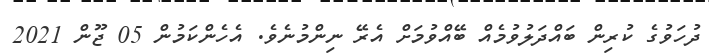
ދުހަވުގެ ކުރިން ބައްދަލުވުމެއް ބޭއްވުމަށް އެރޭ ނިންމުނެވެ. އެހެންކަމުން 05 ޖޫން 2021